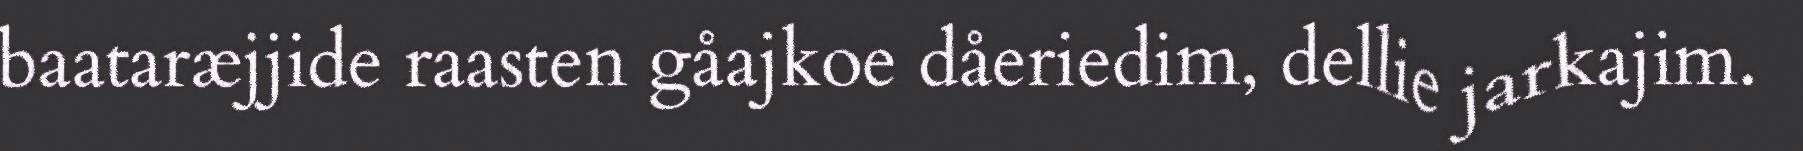
baataræjjide raasten gåajkoe dåeriedim, dellie jarkajim.